Report on the cultivation and use of ganja
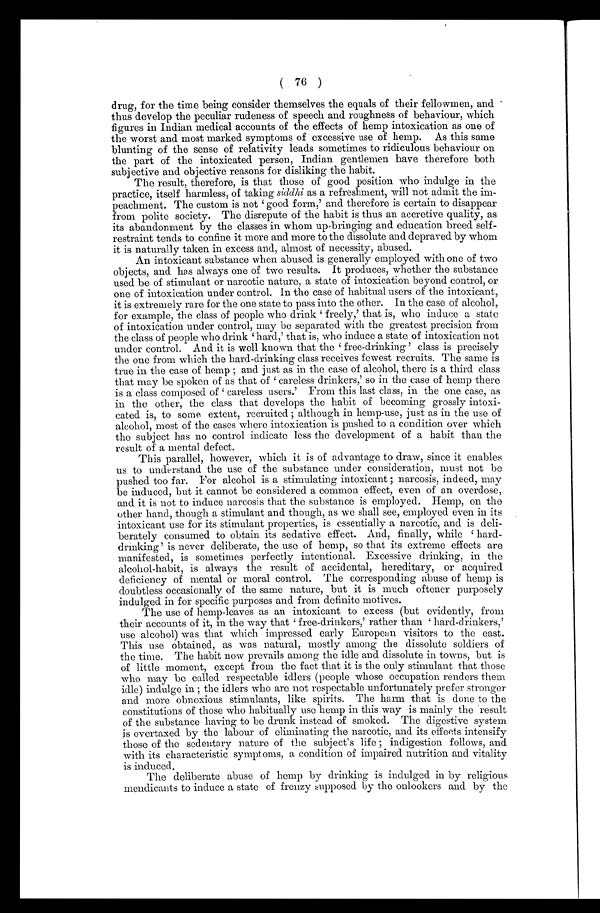
( 76 )
d rug, for the time being consider themselves the equals of their fellowmen, and
thus develop the peculiar rudeness of speech and roughness of behaviour, which
figures in Indian medical accounts of the effects of hemp intoxication as one of
the worst and most marked symptoms of excessive use of hemp. As this same
blunting of the sense of relativity leads sometimes to ridiculous behaviour on
the part of the intoxicated person, Indian gentlemen have therefore both
sub j ective and objective reasons for disliking the habit.
The result, therefore, is that those of good position who indulge in the
practice, itself harmless, of taking siddhi as a refreshment, will not admit the im-
peachment. The custom is not ‘good form, ' and therefore is certain to disappear
from polite society. The disrepute of the habit is thus an accretive quality, as
its abandonment by the classes in whom up-bringing and education breed self-
restraint tends to confine it more and more to the dissolute and depraved by whom
it is naturally taken in excess and, almost of necessity, abused.
An intoxicant substance when abused is generally employed with one of two
objects, and has always one of two results. It produces, whether the substance
used be of stimulant or narcotic nature, a state of intoxication beyond control, or
one of intoxication under control. In the case of habitual users of the intoxicant,
it is extremely rare for the one state to pass into the other. In the case of alcohol,
for example, the class of people who drink ‘freely,' that is, who induce a state
of intoxication under control, may be separated with the greatest precision from
t he cl ass of peopl e who dri nk ‘hard, ' t hat i s, who i nduce a st at e of i nt oxi cat i on not
under control. And it is well known that the ‘free-drinking' class is precisely
the one from which the hard-drinking class receives fewest recruits. The same is
t r ue i n t he case of hemp; and j ust as i n t he case of al cohol , t her e i s a t hi r d cl ass
that may be spoken of as that of ‘careless drinkers, ' so in the case of hemp there
i s a cl ass composed of ‘ car el ess user s. ' Fr om t hi s l ast cl ass, i n t he one case, as
in the other, the class that develops the habit of becoming grossly intoxi-
cated is, to some extent, recruited although in hemp-use, just as in the use of
alcohol, most of the cases where intoxication is pushed to a condition over which
the subject has no control indicate less the development of a habit than the
result of a mental defect.
This parallel, however, which it is of advantage to draw, since it enables
us to understand the use of the substance under consideration, must not be
pushed too far. For alcohol is a stimulating intoxicant narcosis, indeed, may
be induced, but it cannot be considered a common effect, even of an overdose,
and it is not to induce narcosis that the substance is employed. Hemp, on the
other hand, though a stimulant and though, as we shall see, employed even in its
intoxicant use for its stimulant properties, is essentially a narcotic, and is deli-
berately consumed to obtain its sedative effect. And, finally, while ‘hard-
drinking ' is never deliberate, the use of hemp, so that its extreme effects are
manifested, is sometimes perfectly intentional. Excessive drinking, in the
alcohol-habit, is always the result of accidental, hereditary, or acquired
deficiency of mental or moral control. The corresponding abuse of hemp is
doubtless occasionally of the same nature, but it is much oftener purposely
indulged in for specific purposes and from definite motives.
The use of hemp-leaves as an intoxicant to excess (but evidently, from
their accounts of it, in the way that ‘free-drinkers,' rather than ‘hard-drinkers,'
use alcohol) was that which impressed early European visitors to the east.
This use obtained, as was natural, mostly among the dissolute soldiers of
the time. The habit now prevails among the idle and dissolute in towns, but is
of little moment, except from the fact that it is the only stimulant that those
who may be called respectable idlers (people whose occupation renders them
idle) indulge in ; the idlers who are not respectable unfortunately prefer stronger
and more obnoxious stimulants, like spirits. The harm that is done to the
constitutions of those who habitually use hemp in this way is mainly the result
of the substance having to be drunk instead of smoked. The digestive system
is overtaxed by the labour of eliminating the narcotic, and its effects intensify
those of the sedentary nature of the subject's life ; indigestion follows, and
with its characteristic symptoms, a condition of impaired nutrition and vitality
is induced.
The deliberate abuse of hemp by drinking is indulged in by religious
mendicants to induce a state of frenzy supposed by the onlookers and by the